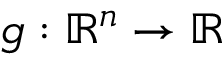
g : \mathbb { R } ^ { n } \rightarrow \mathbb { R }